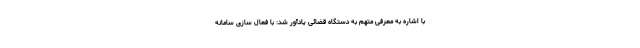
با اشاره به معرفی متهم به دستگاه قضائی یادآور شد: با فعال سازی سامانه